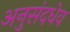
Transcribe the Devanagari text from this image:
अनुसंदधेव